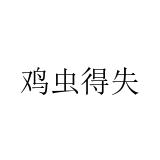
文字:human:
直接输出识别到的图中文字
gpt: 鸡虫得失